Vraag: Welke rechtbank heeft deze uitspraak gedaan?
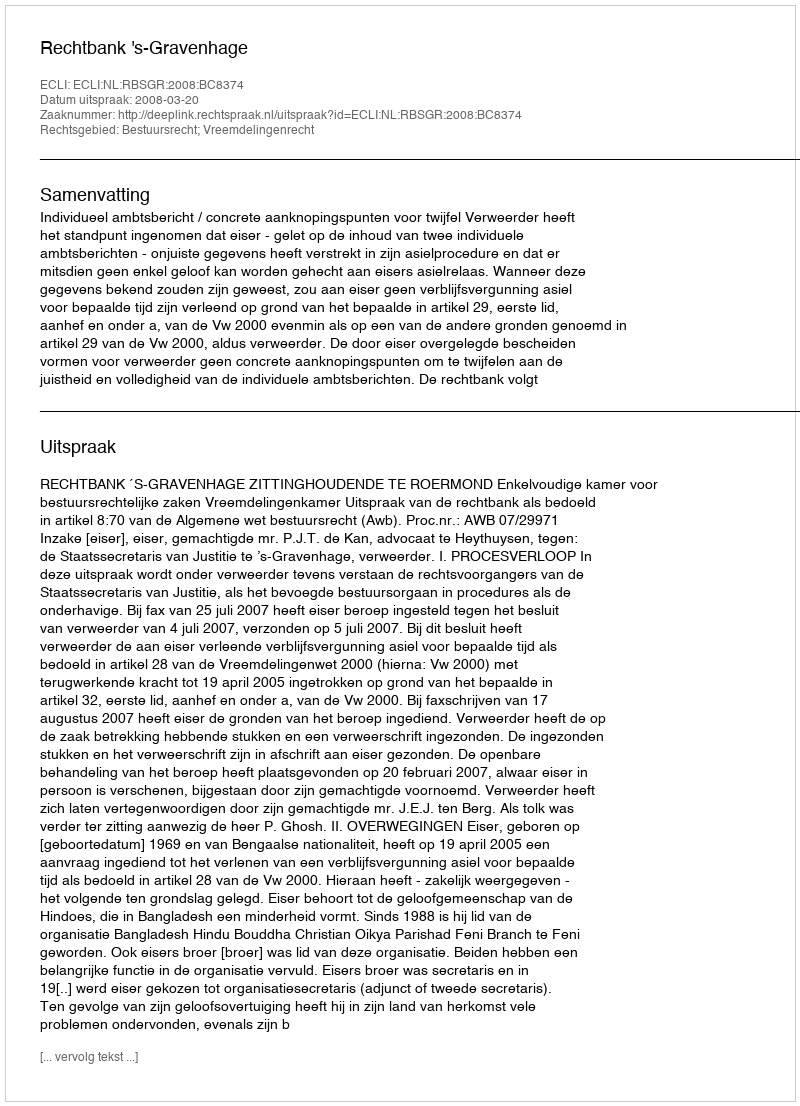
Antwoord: Rechtbank 's-Gravenhage